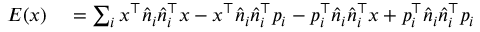
\begin{array} { r l } { E ( x ) } & { { } = \sum _ { i } x ^ { \top } { \hat { n } } _ { i } { \hat { n } } _ { i } ^ { \top } x - x ^ { \top } { \hat { n } } _ { i } { \hat { n } } _ { i } ^ { \top } p _ { i } - p _ { i } ^ { \top } { \hat { n } } _ { i } { \hat { n } } _ { i } ^ { \top } x + p _ { i } ^ { \top } { \hat { n } } _ { i } { \hat { n } } _ { i } ^ { \top } p _ { i } } \end{array}